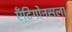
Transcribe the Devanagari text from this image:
ऍंटिगोनसला